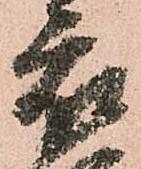
衣